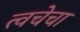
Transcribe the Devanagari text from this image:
त्‍वचेचा